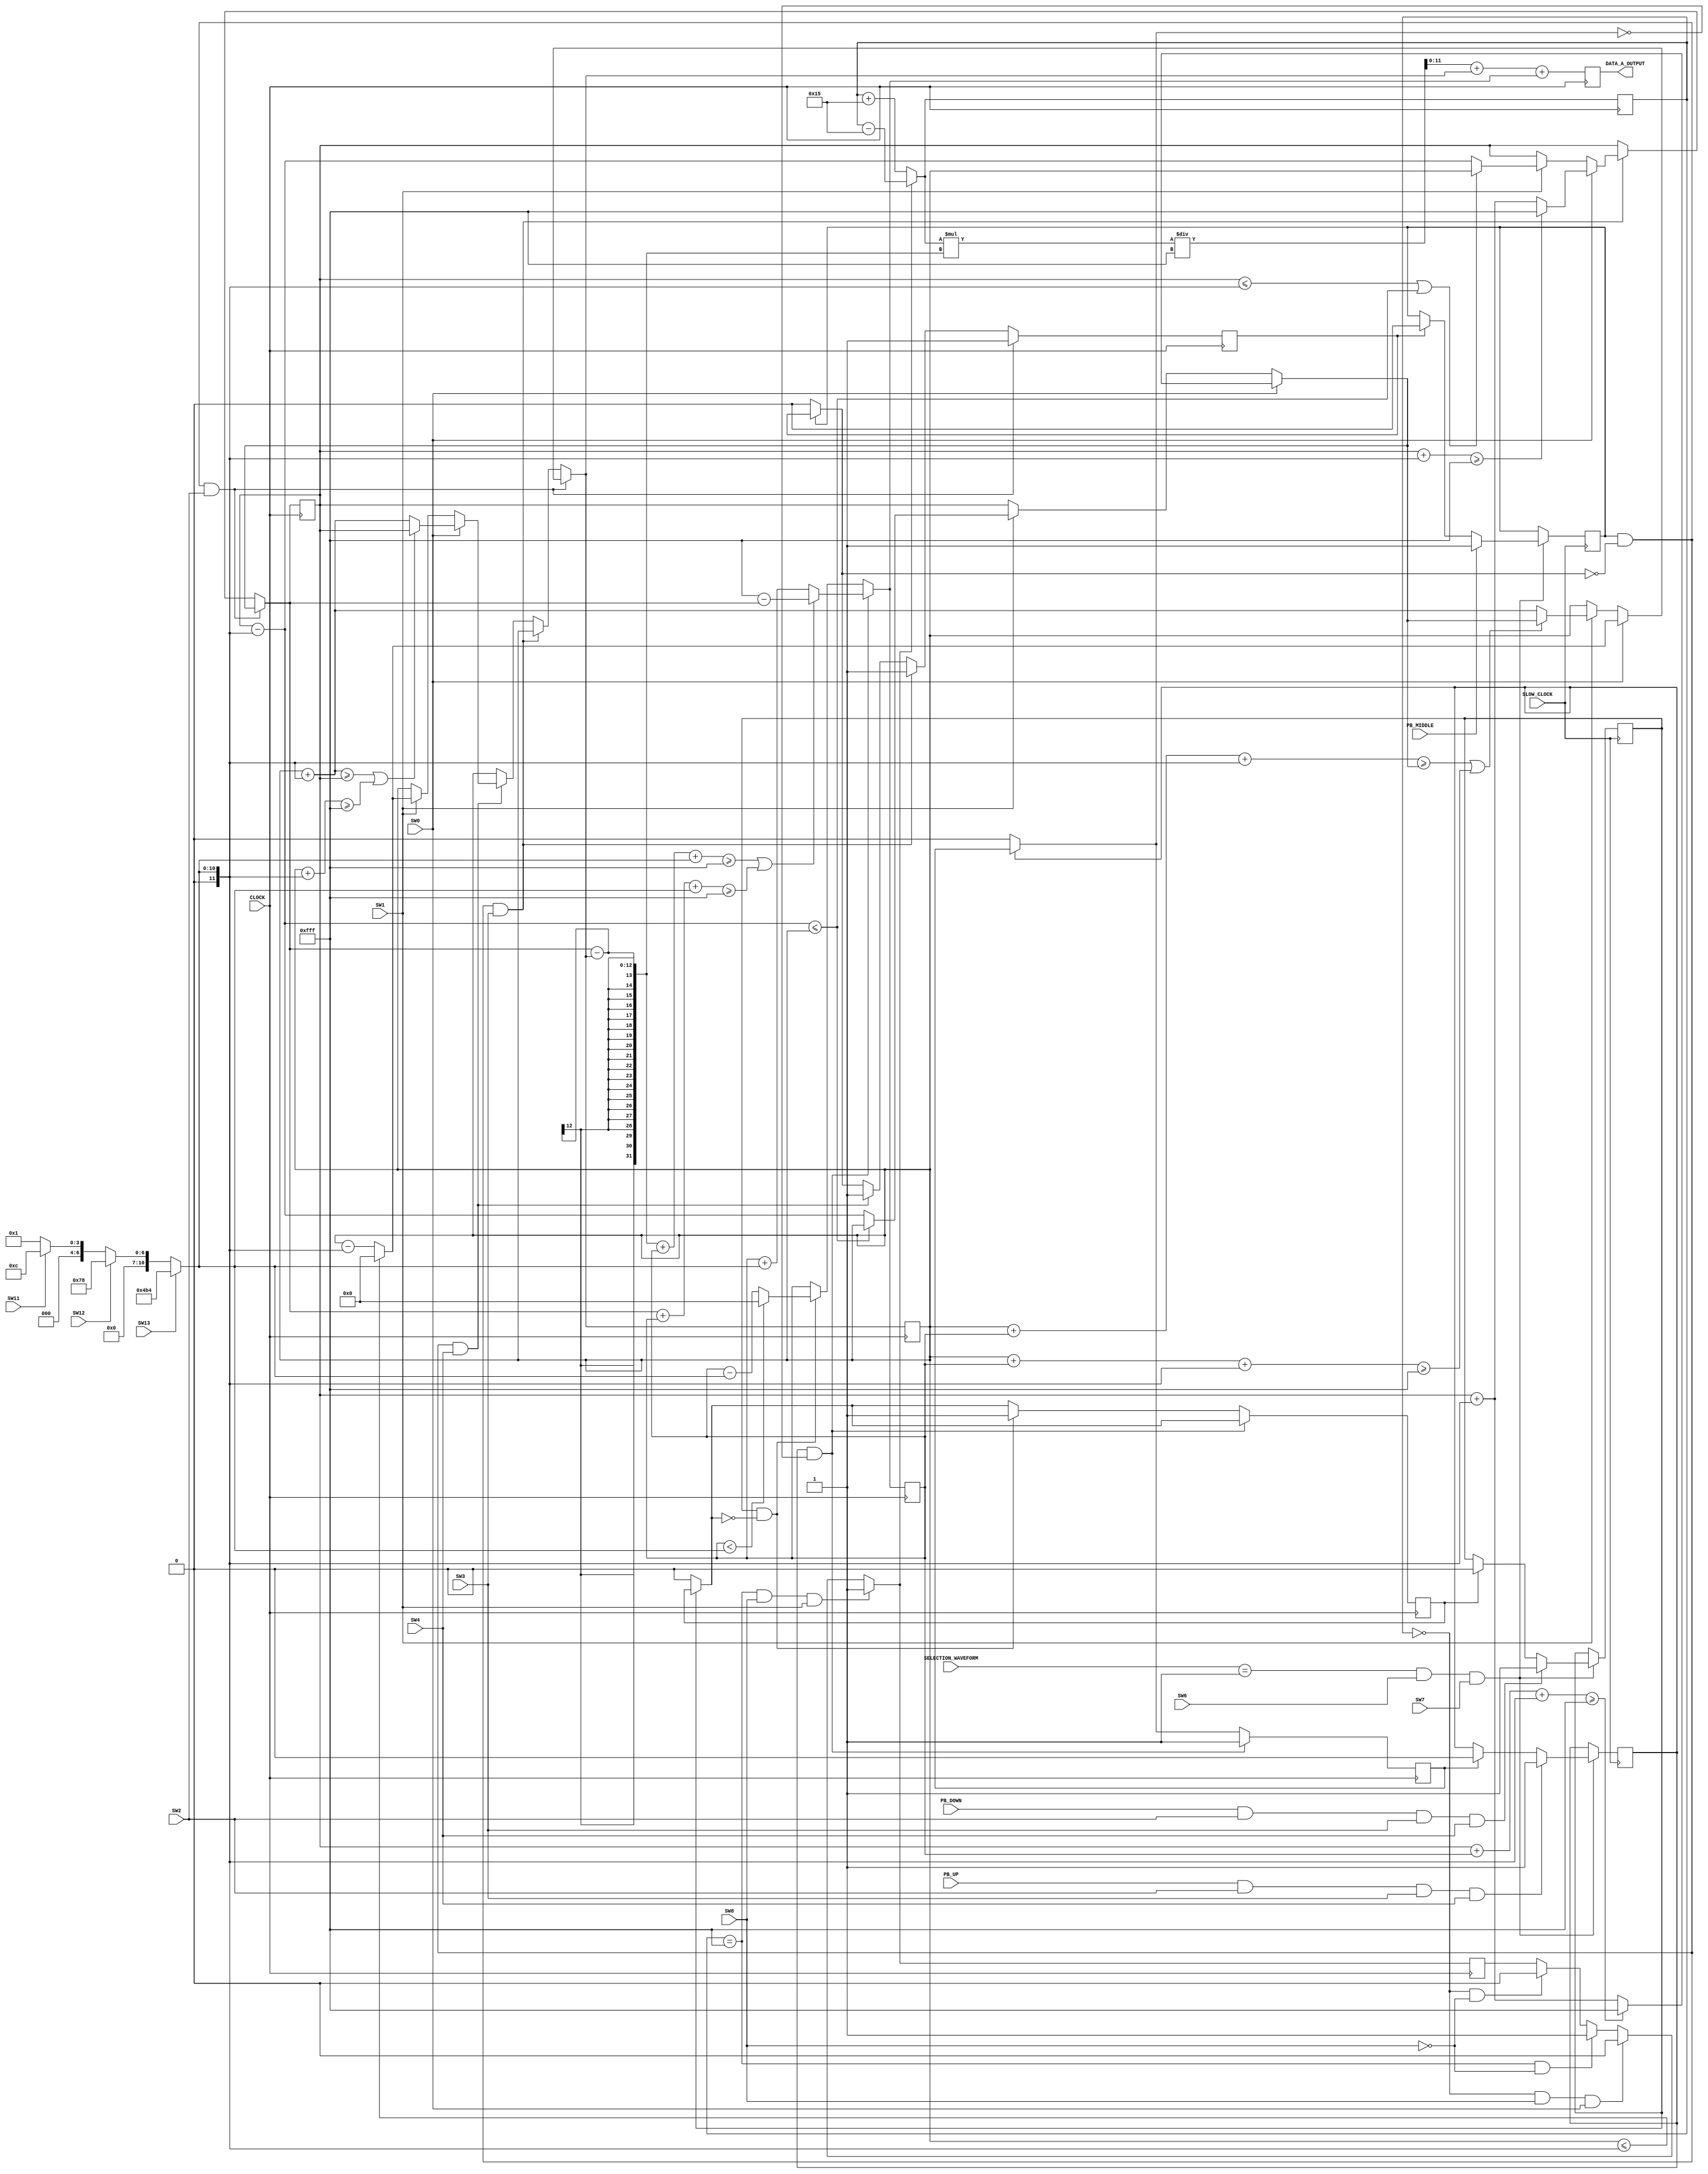
`timescale 1ns / 1ps
//////////////////////////////////////////////////////////////////////////////////
// Company: 
// Engineer: 
// 
// Design Name: 
// Module Name: TRIANGLE_WAVE_B
// Project Name: 
// Target Devices: 
// Tool Versions: 
// Description: 
// 
// Dependencies: 
// 
// Revision:
// Revision 0.01 - File Created
// Additional Comments:
// 
//////////////////////////////////////////////////////////////////////////////////


module TRIANGLE_WAVE_B(
    input CLOCK,
input SLOW_CLOCK,
input PB_UP,
input PB_DOWN,
input PB_MIDDLE,
input SW0,
input SW1,
input SW2,
input SW3,
input SW4,
input SW6,
input SW7,
input SW8,
input SW11,
input SW12,
input SW13,
input [1:0] SELECTION_WAVEFORM,
output [11:0] DATA_A_OUTPUT
);

reg [11:0] DATA_A = 12'h000;
reg [11:0] DATA_A_Z = 12'h000;
reg [11:0] DATA_A_HIGH = 12'hFFF; 
reg [11:0] DATA_A_LOW = 12'h000;
reg [11:0] amplitude_multiply = 12'h001;
reg [11:0] offset = 12'h000;
reg [11:0] offset_multiply = 12'h001;

reg shift = 1'b0;
reg middle_press = 0;
reg middle_press_reset = 0;
reg up_press = 0;
reg up_press_reset = 0;
reg down_press = 0;
reg down_press_reset = 0;

//checking for up & down & middle PB //
always @(posedge SLOW_CLOCK) begin
    if(SELECTION_WAVEFORM == 1 && SW6 == 1 && SW7 == 1)
    begin
    middle_press = (PB_MIDDLE == 1) ? 1 :
                    ((middle_press_reset == 1) ? 0 : middle_press);     //check MIDDLE pressbutton
                    
    up_press = (PB_UP == 1 && SW2 == 1 && SW3 == 1 && SW4 == 1) ? 1 :
                            ((up_press_reset == 1) ? 0 : up_press);             //check UP pressbutton
                                    
    down_press = (PB_DOWN == 1 && SW2 == 1 && SW3 == 1 && SW4 == 1) ? 1 :
                    ((down_press_reset == 1) ? 0 : down_press);         //check DOWN pressbutton
    end
end
//end of checking for up & down & middle PB //    

//triangle waveform//

always @ (posedge CLOCK) begin
//switch amplitude setting//
amplitude_multiply = (SW13 == 1) ? 12'h4B4 :                     // 1V
                        (SW12 == 1) ? 12'h078 :                  // 0.1V
                            (SW11 == 1) ? 12'h00C : 12'h001;     // 0.01V else 0.001
//end of switch amplitude setting//
        
//amplitude setting//
middle_press_reset = (middle_press == 0) ? 0 : middle_press_reset;

if(middle_press == 1 && middle_press_reset == 0 && SW2 == 1) //changing Both amplitude
begin
    DATA_A_HIGH = (SW0 == 1) ? ((DATA_A_HIGH + offset + amplitude_multiply >= 4095) ? 12'hFFF : (DATA_A_HIGH + amplitude_multiply)) :
                    ((SW1 == 1) ? ((DATA_A_HIGH - amplitude_multiply <= DATA_A_LOW) ? DATA_A_LOW : (DATA_A_HIGH - amplitude_multiply)) : DATA_A_HIGH);
                    
    DATA_A_LOW = (SW0 == 1) ? ((DATA_A_LOW <= amplitude_multiply) ? 12'h000 : (DATA_A_LOW - amplitude_multiply)) : 
                    ((SW1 == 1) ? ((DATA_A_LOW + offset + amplitude_multiply >= DATA_A_HIGH || DATA_A_LOW + offset + amplitude_multiply >= 4095) ? DATA_A_HIGH : (DATA_A_LOW + amplitude_multiply)) : DATA_A_LOW);                                                                                              
    middle_press_reset = 1;
end
else if(middle_press == 1 && middle_press_reset == 0 && SW3 == 1) //changing HIGH amplitude
begin
    DATA_A_HIGH = (SW0 == 1) ? ((DATA_A_HIGH + amplitude_multiply >= 4095) ? 12'hFFF : (DATA_A_HIGH + amplitude_multiply)) :
                    ((SW1 == 1) ? ((DATA_A_HIGH <= amplitude_multiply || DATA_A_HIGH - amplitude_multiply <= DATA_A_LOW) ? DATA_A_LOW : (DATA_A_HIGH - amplitude_multiply)) : DATA_A_HIGH);
    middle_press_reset = 1 ;
end
else if(middle_press == 1 && middle_press_reset == 0 && SW4 == 1)//changing LOW amplitude
begin
    DATA_A_LOW = (SW0 == 1) ? ((DATA_A_LOW + amplitude_multiply >= DATA_A_HIGH || DATA_A_LOW + amplitude_multiply >= 4095) ? DATA_A_HIGH : (DATA_A_LOW + amplitude_multiply)) : 
                    ((SW1 == 1) ? ((DATA_A_LOW <= amplitude_multiply) ? 12'h000 : (DATA_A_LOW - amplitude_multiply)) : DATA_A_LOW);
    middle_press_reset = 1 ;
end
//end of amplitude setting//

//amplitude offset setting//
offset_multiply = (SW13 == 1) ? 12'h4B4 :                     // 1V
                        (SW12 == 1) ? 12'h078 :                  // 0.1V
                            (SW11 == 1) ? 12'h00C : 12'h001;     // 0.01V else 0.001
//end of amplitude offset setting//

//amplitude offset//
up_press_reset = (up_press == 0) ? 0 : up_press_reset;
down_press_reset = (down_press == 0) ? 0 : down_press_reset;

if(up_press == 1 && up_press_reset == 0)
begin
    if((DATA_A_HIGH - DATA_A_LOW) + offset + offset_multiply >= 4095 || DATA_A_HIGH + offset + offset_multiply >= 4095)
    begin
        offset = 4095 - DATA_A_HIGH;
    end
    else
    begin
        offset = offset + offset_multiply;
    end
    
    up_press_reset = 1 ;
end
else if(down_press == 1 && down_press_reset == 0)
begin
    if(offset < offset_multiply)
    begin
        offset = 12'h000;
    end
    else
    begin
        offset = offset - offset_multiply;
    end
    
    down_press_reset = 1 ;
end
//end of amplitude offset//

shift = (DATA_A == 12'hFFF && SW8 == 0) ? 1'b1 : ((DATA_A == 12'h000 && SW8 == 0) ? 1'b0 : shift); 
shift = (DATA_A == 12'hFFF && SW8 == 1 && SW1 == 1) ? 1'b1 : ((DATA_A == 12'h000 && SW8 == 1 && SW0 == 1) ? 1'b0 : shift); // check oscillscope
DATA_A = (shift == 1'b0) ? DATA_A + 21 : DATA_A - 21;

DATA_A_Z  = ((DATA_A* (DATA_A_HIGH-DATA_A_LOW))/4095 + DATA_A_LOW) + offset;

end
//end of triangle waveform//

assign DATA_A_OUTPUT = DATA_A_Z;

endmodule